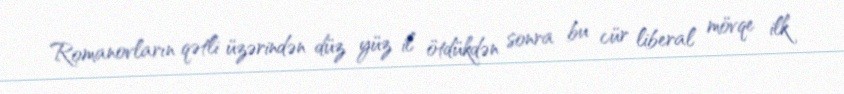
Romanovların qətli üzərindən düz yüz il ötdükdən sonra bu cür liberal mövqe ilk